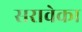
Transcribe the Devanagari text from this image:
सरावेका